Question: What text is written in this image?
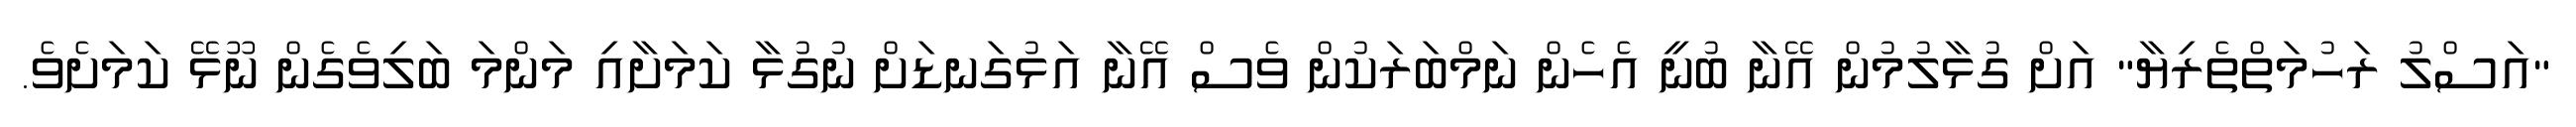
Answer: "އަސްލު ރަހުމަތްތެރިޔާ" އަށް ގުޅާލުމުން އޭނާ ބުނީ އެހެން ނަމްބަރަކުން ވެސް އޭނާ އަޅުގަނޑަށް ނުގުޅާ ކަމަށާއި މަންމަ ބަލިވެގެން ނޫޅޭ ކަމަށެވެ.